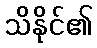
သိနိုင်၏